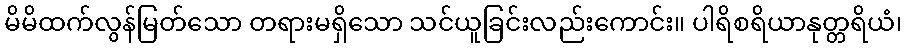
မိမိထက်လွန်မြတ်သော တရားမရှိသော သင်ယူခြင်းလည်းကောင်း။ ပါရိစရိယာနုတ္တရိယံ၊